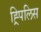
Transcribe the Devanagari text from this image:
ह्र्पिलिस